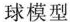
球模型